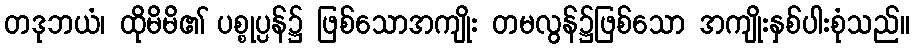
တဒုဘယံ၊ ထိုမိမိ၏ ပစ္စုပ္ပန်၌ ဖြစ်သောအကျိုး တမလွန်၌ဖြစ်သော အကျိုးနှစ်ပါးစုံသည်။